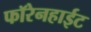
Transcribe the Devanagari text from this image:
फॉरेनहाईट